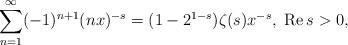
LaTeX: \begin{align*}\sum_{n=1}^{\infty} (-1)^{n+1} (nx)^{-s} = (1-2^{1-s})\zeta(s) x^{-s},\ {\rm Re}\,s>0,\end{align*}